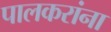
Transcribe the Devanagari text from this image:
पालकरांना